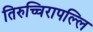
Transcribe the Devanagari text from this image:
तिरुच्चिरापल्लि